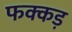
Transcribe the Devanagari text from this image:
फक्‍कड़